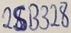
Text: 2SB328